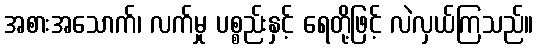
အစားအသောက်၊ လက်မှု ပစ္စည်းနှင့် ရေတို့ဖြင့် လဲလှယ်ကြသည်။